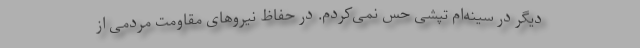
دیگر در سینه‌ام تپشی حس نمی‌کردم. در حفاظ نیروهای مقاومت مردمی از